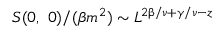
S ( 0 , \ 0 ) / ( \beta m ^ { 2 } ) \sim L ^ { 2 \upbeta / \upnu + \upgamma / \upnu - z }